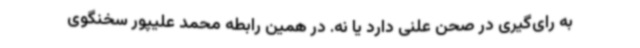
به رای‌گیری در صحن علنی دارد یا نه. در همین رابطه محمد علیپور سخنگوی